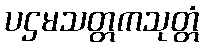
ပဌမသတ္တကသုတ္တံ